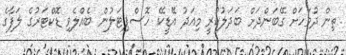
ތިން ދުވަހަށް ގޭބަންދަށް ބަދަލުކުރީ މިއަދު އޭޑީކޭ ހޮސްޕިޓަލުން ބެއްލެވި ޑޮކްޓަރުގެ ލަފާގެ